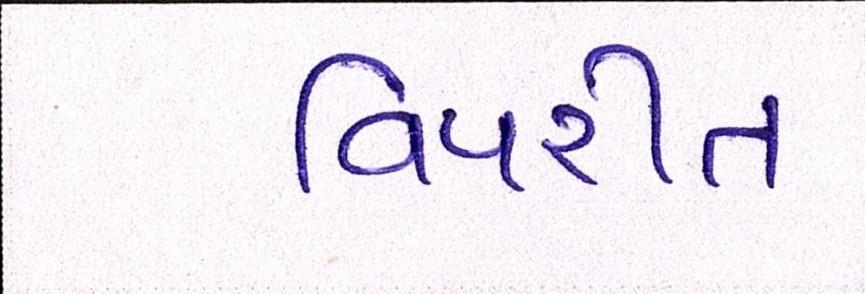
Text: વિપરીત